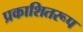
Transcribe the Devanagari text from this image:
प्रकाशितरूप